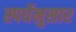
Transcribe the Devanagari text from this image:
स्पर्धेनुसार